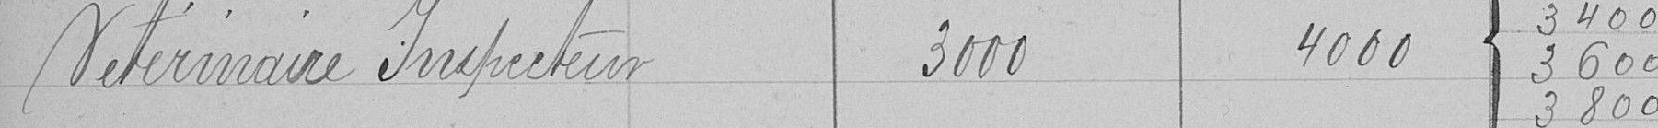
Vétérinaire inspecteur 3000 4000